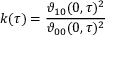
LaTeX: k ( \tau ) = { \frac { \vartheta _ { 1 0 } ( 0 , \tau ) ^ { 2 } } { \vartheta _ { 0 0 } ( 0 , \tau ) ^ { 2 } } }